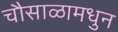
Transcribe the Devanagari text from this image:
चौसाळामधुन